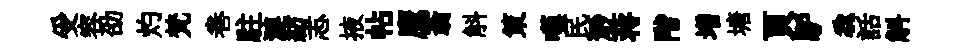
受容劭灼梵巻駐漣紡志掖帖鷹蓊斛策嘆民𣺌蒋階増塘頁馿毳話斛